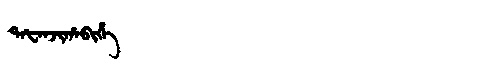
Manchu: ᡨᠠᡶᠠᠨᠵᡳᡥᠠᠪᡳᡥᡝ
Romanization: TAFANJIHABIHE